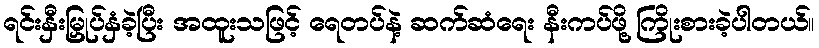
ရင်းနှီးမြှုပ်နှံခဲ့ပြီး အထူးသဖြင့် ရေတပ်နဲ့ ဆက်ဆံရေး နီးကပ်ဖို့ ကြိုးစားခဲ့ပါတယ်။